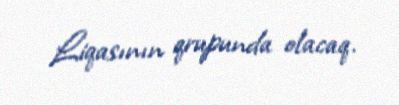
Liqasının qrupunda olacaq.